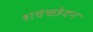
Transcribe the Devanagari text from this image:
शवच्छेदन